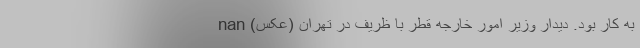
به کار بود. دیدار وزیر امور خارجه قطر با ظریف در تهران (عکس) nan